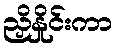
ညှိနှိုင်းကာ